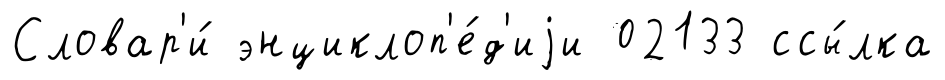
Словар'и́ энциклоп'е́д'иjи 02133 ссы́лка